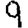
Digit: 9